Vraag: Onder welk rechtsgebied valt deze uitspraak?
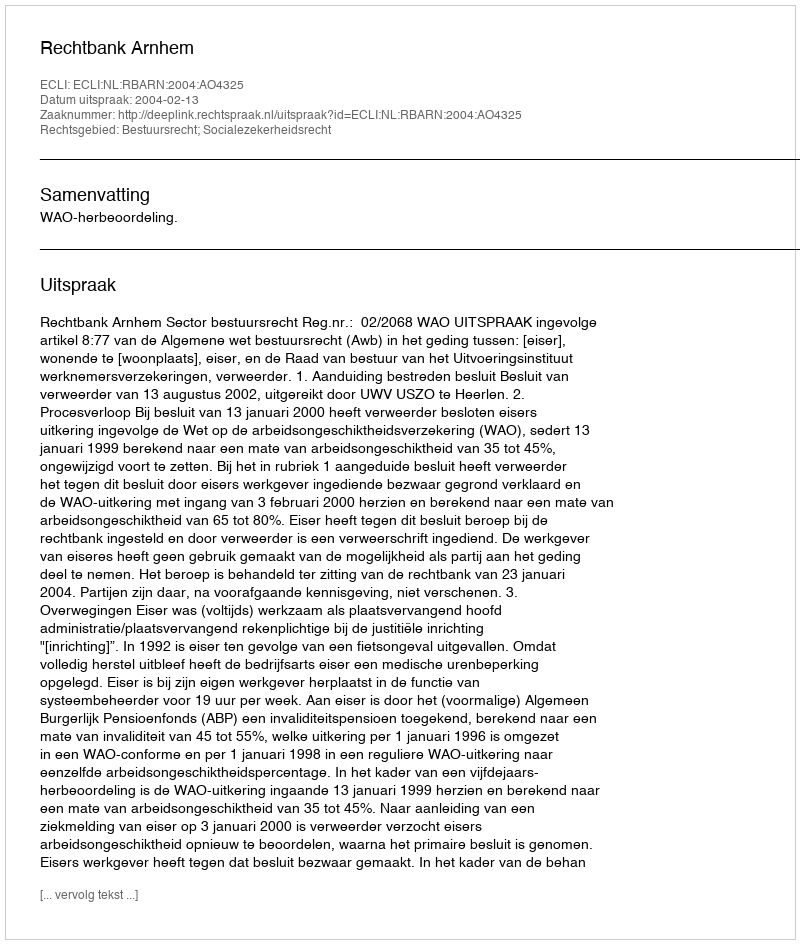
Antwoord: Bestuursrecht; Socialezekerheidsrecht